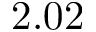
2 . 0 2